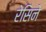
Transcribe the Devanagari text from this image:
रेसिने